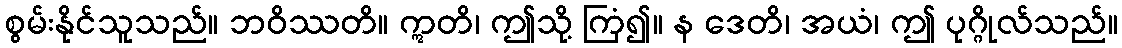
စွမ်းနိုင်သူသည်။ ဘဝိဿတိ။ ဣတိ၊ ဤသို့ ကြံ၍။ န ဒေတိ၊ အယံ၊ ဤ ပုဂ္ဂိုလ်သည်။